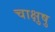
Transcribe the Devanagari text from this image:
चाक्षुषु